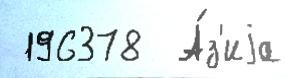
 196378  А́з'иjа